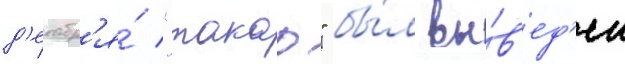
д'екабр'я́ "такао" бы́л вы́в'ед'ен